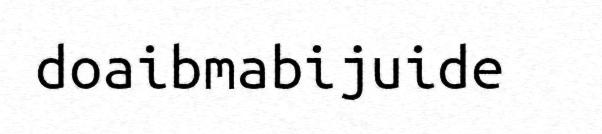
doaibmabijuide